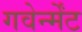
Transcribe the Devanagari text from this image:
गवेर्न्मेंट